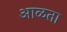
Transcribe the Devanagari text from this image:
आळता